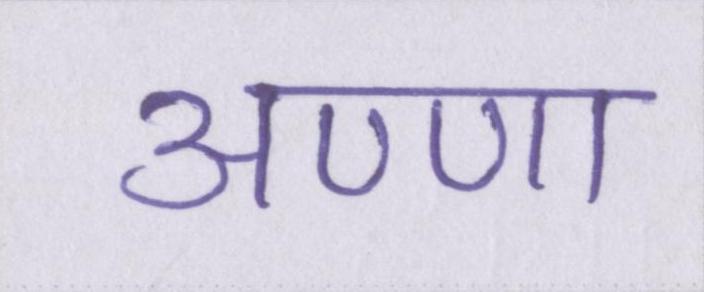
अण्णा